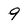
Character: 9